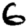
Digit: 6